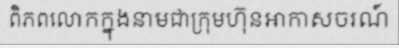
ពិភពលោកក្នុងនាមជាក្រុមហ៊ុនអាកាសចរណ៍